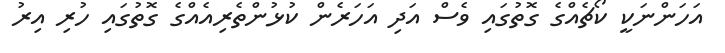
އަހަންނަކީ ކޯޗެއްގެ ގޮތުގައި ވެސް އަދި އަހަރެން ކުޅުންތެރިއެއްގެ ގޮތުގައި ހުރި އިރު